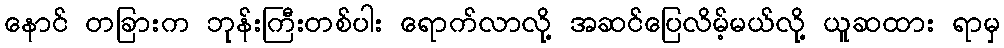
နောင် တခြားက ဘုန်းကြီးတစ်ပါး ရောက်လာလို့ အဆင်ပြေလိမ့်မယ်လို့ ယူဆထား ရာမှ